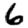
Digit: 6